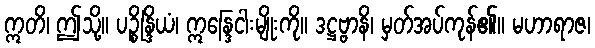
ဣတိ၊ ဤသို့။ ပဉ္စိန္ဒြိယံ၊ ဣန္ဒြေငါးမျိုးကို။ ဒဋ္ဌဗ္ဗာနိ၊ မှတ်အပ်ကုန်၏။ မဟာရာဇ၊